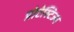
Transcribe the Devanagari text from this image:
प्रोटेस्टिज्म